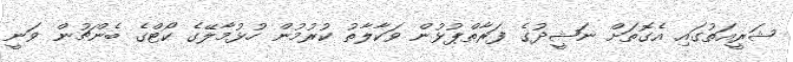
ޝަރީއަތުގައި އެގޮތަށް ނަޝީދުގެ ފަރާތްޕުޅުން ވަކާލާތު ކުރުމުން ހުޅުމާލޭގެ ކޯޓްގެ ބެންޗުން ވަނީ